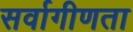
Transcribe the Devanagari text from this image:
सर्वागीणता